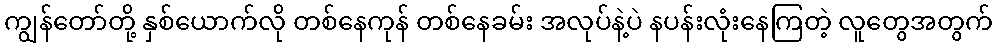
ကျွန်တော်တို့ နှစ်ယောက်လို တစ်နေကုန် တစ်နေခမ်း အလုပ်နဲ့ပဲ နပန်းလုံးနေကြတဲ့ လူတွေအတွက်